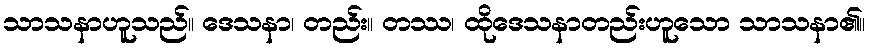
သာသနာဟူသည်။ ဒေသနာ၊ တည်း။ တဿ၊ ထိုဒေသနာတည်းဟူသော သာသနာ၏။